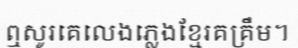
ឮសូរគេលេងភ្លេងខ្មែរគគ្រឹម។